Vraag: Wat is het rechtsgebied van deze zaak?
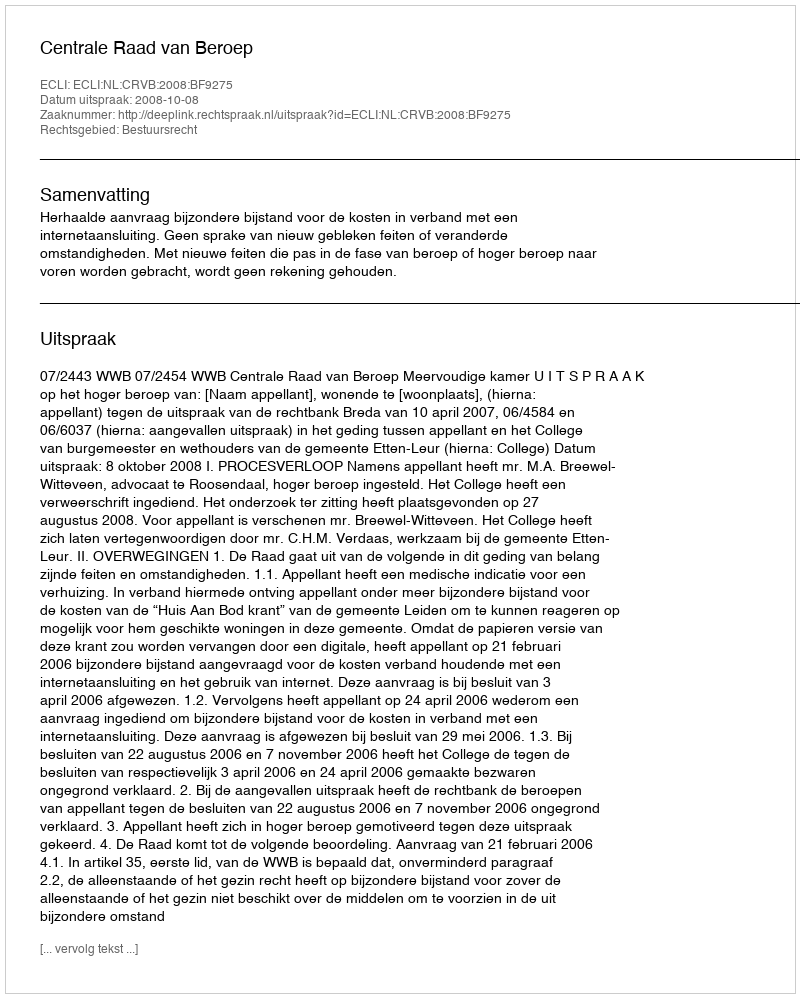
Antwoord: Bestuursrecht